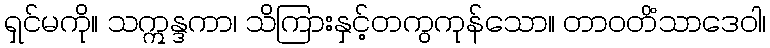
ရှင်မကို။ သဣန္ဒကာ၊ သိကြားနှင့်တကွကုန်သော။ တာဝတိံသာဒေဝါ၊